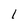
Character: l